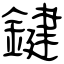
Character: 鍵